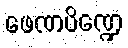
ဖေဏပိဏ္ဍေ